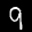
Label: 9